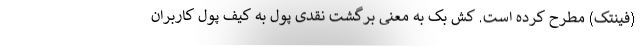
(فینتک) مطرح کرده است. کش بک به معنی برگشت نقدی پول به کیف پول کاربران